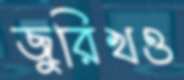
জুরিখও